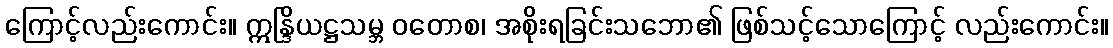
ကြောင့်လည်းကောင်း။ ဣန္ဒြိယဋ္ဌသမ္ဘ ဝတောစ၊ အစိုးရခြင်းသဘော၏ ဖြစ်သင့်သောကြောင့် လည်းကောင်း။